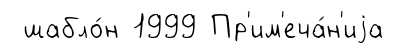
шабло́н 1999 Пр'им'еча́н'иjа